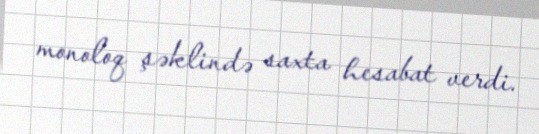
monoloq şəklində saxta hesabat verdi.